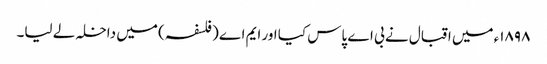
١٨٩٨ء میں اقبال نے بی اے پاس کیا اور ایم اے (فلسفہ) میں داخلہ لے لیا۔